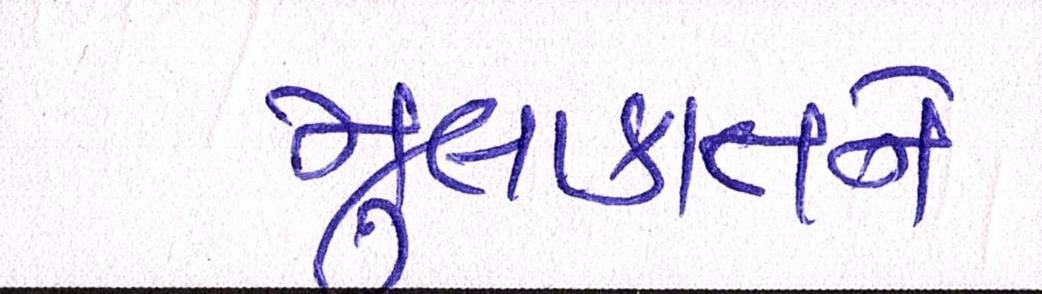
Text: મુલાકાતને